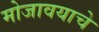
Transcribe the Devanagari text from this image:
मोजावयाचे